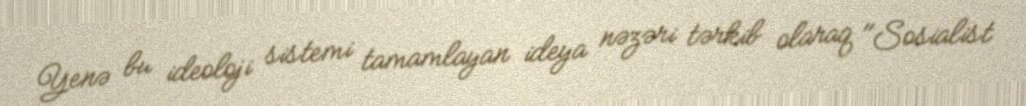
Yenə bu ideoloji sistemi tamamlayan ideya nəzəri tərkib olaraq "Sosialist